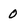
Character: 0